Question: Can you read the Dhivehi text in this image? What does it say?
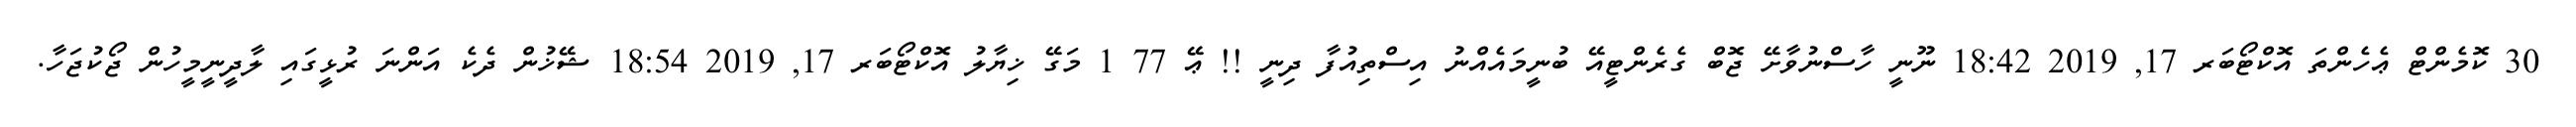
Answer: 30 ކޮމެންޓް ޢެހެންތަ އޮކްޓޯބަރ 17, 2019 18:42 ނޫނީ ހާސްނުވާށޭ ޖޮބް ގެރެންޓީއޭ ބުނީމައެއްނު އިސްތިއުފާ ދިނީ !! ޢޭ 77 1 މަގޭ ޚިޔާލު އޮކްޓޯބަރ 17, 2019 18:54 ޝޭޚުން ދެކެ އަންނަ ރުޅީގައި ލާދީނީމީހުން ޖޯކުޖަހާ.